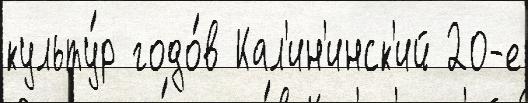
культу́р годо́в Кал'ин'инск'ий 20-е